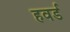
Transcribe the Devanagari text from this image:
हवर्ड